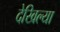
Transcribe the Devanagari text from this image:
देखिल्या